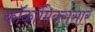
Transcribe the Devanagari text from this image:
काॅकॉमिक्ससार